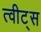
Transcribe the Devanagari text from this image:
त्वीट्स